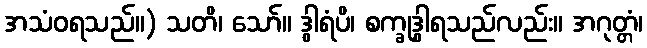
အသံဝရသည်။) သတိ၊ သော်။ ဒွါရံပိ၊ စက္ခုဒွါရသည်လည်း။ အဂုတ္တံ၊